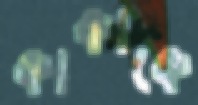
কাকাকে